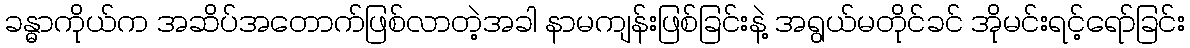
ခန္ဓာကိုယ်က အဆိပ်အတောက်ဖြစ်လာတဲ့အခါ နာမကျန်းဖြစ်ခြင်းနဲ့ အရွယ်မတိုင်ခင် အိုမင်းရင့်ရော်ခြင်း